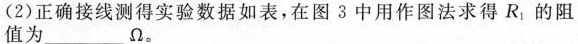
(2)正确接线测得实验数据如表，在图3中用作图法求得R_{1}的阻值为___Ω。